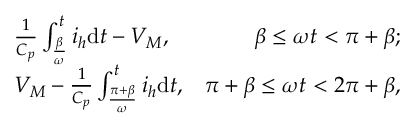
\begin{array} { r l r } & { \frac { 1 } { C _ { p } } \int _ { \frac { \beta } { \omega } } ^ { t } i _ { h } \mathrm { d } t - { V _ { M } } , } & { \beta \le \omega t < \pi + \beta ; } \\ & { { V _ { M } } - \frac { 1 } { C _ { p } } \int _ { \frac { \pi + \beta } { \omega } } ^ { t } i _ { h } \mathrm { d } t , } & { \pi + \beta \le \omega t < 2 \pi + \beta , } \end{array}